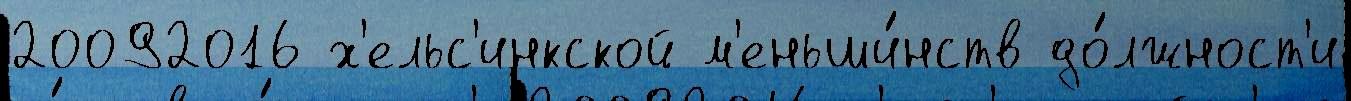
20092016 х'ельс'инкской м'еньши́нств до́лжност'и